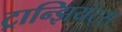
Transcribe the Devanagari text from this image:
ट्रान्झियंट्स